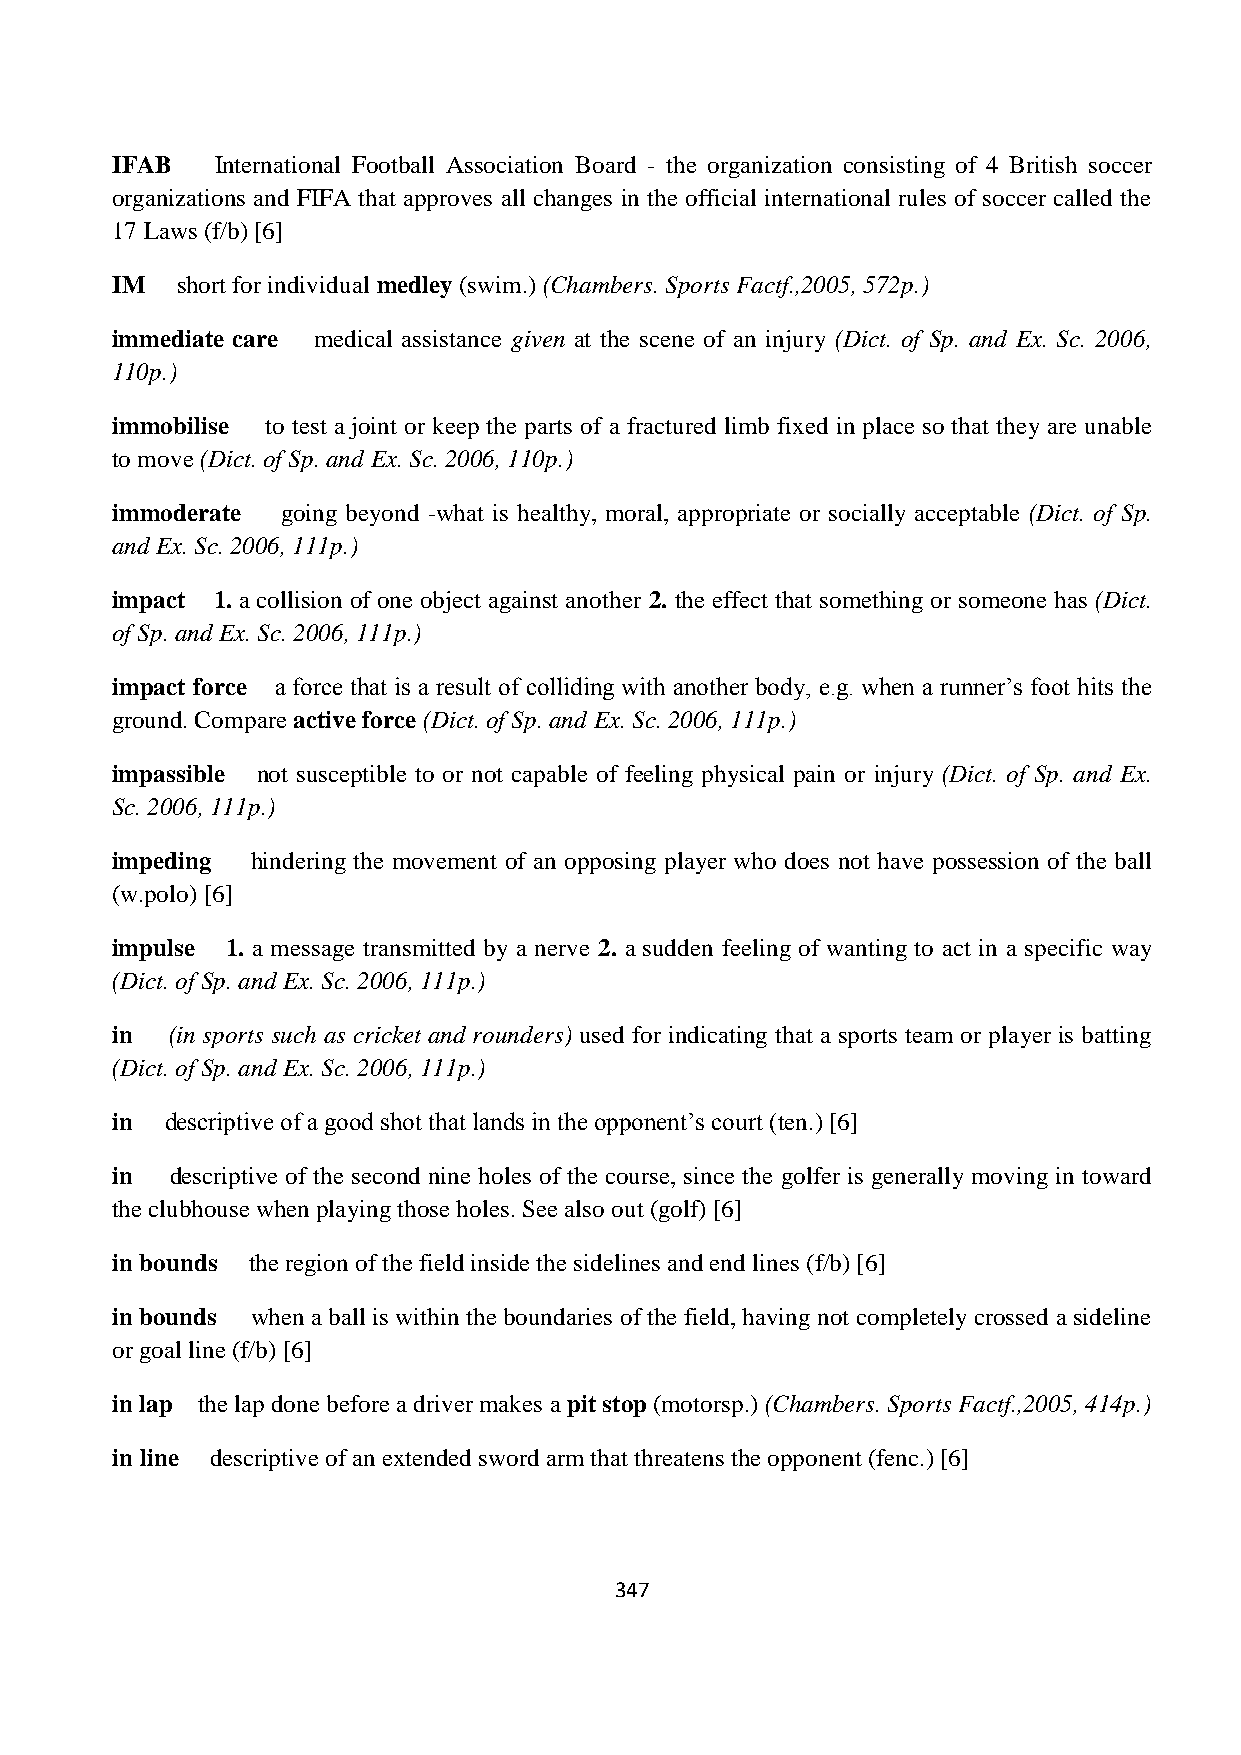
IFAB   International Football Association Board - the organization consisting of 4 British soccer
 organizations and FIFA that approves all changes in the official international rules of soccer called the
 17 Laws (f/b) [6]
 IM   short for individual medley (swim.) (Chambers. Sports Factf.,2005, 572p.)
 immediate care medical assistance given at the scene of an injury (Dict. of Sp. and Ex. Sc. 2006,
 110p.)
 immobilise to test a joint or keep the parts of a fractured limb fixed in place so that they are unable
 to move (Dict. of Sp. and Ex. Sc. 2006, 110p.)
 immoderate  going beyond -what is healthy, moral, appropriate or socially acceptable (Dict. of Sp.
 and Ex. Sc. 2006, 111p.)
 impact 1. a collision of one object against another 2. the effect that something or someone has (Dict.
 of Sp. and Ex. Sc. 2006, 111p.)
 impact force a force that is a result of colliding with another body, e.g. when a runner‟s foot hits the
 ground. Compare active force (Dict. of Sp. and Ex. Sc. 2006, 111p.)
 impassible not susceptible to or not capable of feeling physical pain or injury (Dict. of Sp. and Ex.
 Sc. 2006, 111p.)
 impeding  hindering the movement of an opposing player who does not have possession of the ball
 (w.polo) [6]
 impulse 1. a message transmitted by a nerve 2. a sudden feeling of wanting to act in a specific way
 (Dict. of Sp. and Ex. Sc. 2006, 111p.)
 in  (in sports such as cricket and rounders) used for indicating that a sports team or player is batting
 (Dict. of Sp. and Ex. Sc. 2006, 111p.)
 in  descriptive of a good shot that lands in the opponent‟s court (ten.) [6]
 in  descriptive of the second nine holes of the course, since the golfer is generally moving in toward
 the clubhouse when playing those holes. See also out (golf) [6]
 in bounds the region of the field inside the sidelines and end lines (f/b) [6]
 in bounds when a ball is within the boundaries of the field, having not completely crossed a sideline
 or goal line (f/b) [6]
 in lap the lap done before a driver makes a pit stop (motorsp.) (Chambers. Sports Factf.,2005, 414p.)
 in line descriptive of an extended sword arm that threatens the opponent (fenc.) [6]
 347